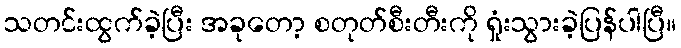
သတင်းထွက်ခဲ့ပြီး အခုတော့ စတုတ်စီးတီးကို ရှုံးသွားခဲ့ပြန်ပါပြီ။